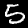
Label: 5